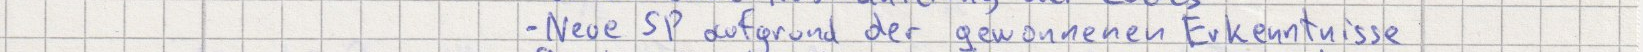
Neue SP aufgrund der gewonnenen Erkenntnisse